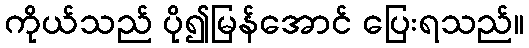
ကိုယ်သည် ပို၍မြန်အောင် ပြေးရသည်။